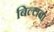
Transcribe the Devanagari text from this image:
बिल्लवा